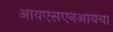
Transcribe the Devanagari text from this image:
आयएसएनआयचा